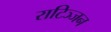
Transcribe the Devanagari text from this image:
राटिञ्जन